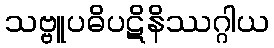
သဗ္ဗူပဓိပဋိနိဿဂ္ဂါယ